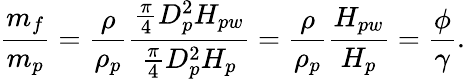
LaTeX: \frac{m_{f}}{m_{p}}=\frac{\rho}{\rho_{p}}\frac{\frac{\pi}{4}D_{p}^{2}H_{pw}}{\frac{\pi}{4}D_{p}^{2}H_{p}}=\frac{\rho}{\rho_{p}}\frac{H_{pw}}{H_{p}}=\frac{\phi}{\gamma}.